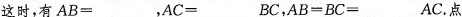
这时，有$$AB=___$$，$$AC=___BC$$，$$AB=BC=___AC$$。点